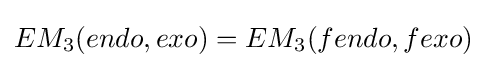
EM_{3}(endo,exo)=EM_{3}(fendo,fexo)